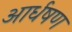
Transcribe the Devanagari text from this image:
आर्धषण